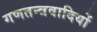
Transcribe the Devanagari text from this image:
गणतन्त्रवादियों